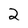
Character: 2